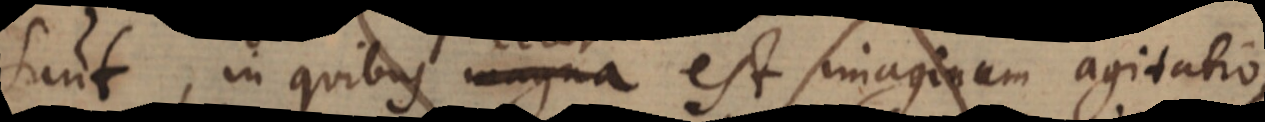
sunt, in quibus magna est imaginum agitatio,